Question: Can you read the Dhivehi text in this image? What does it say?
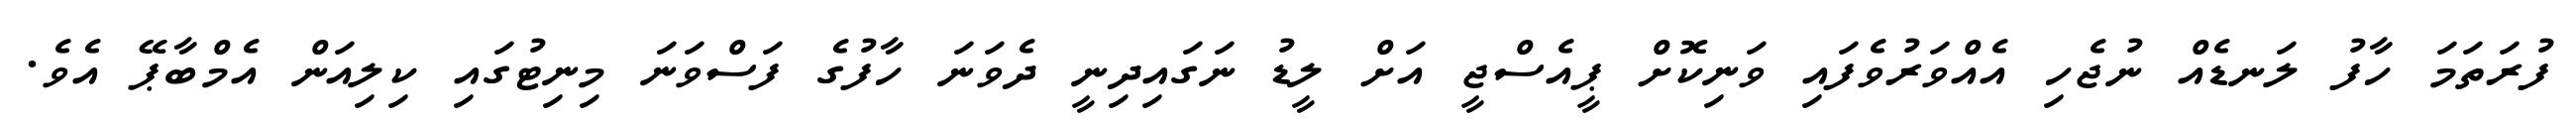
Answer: ފުރަތަމަ ހާފު ލަނޑެއް ނުޖެހި އެއްވަރުވެފައި ވަނިކޮށް ޕީއެސްޖީ އަށް ލީޑު ނަގައިދިނީ ދެވަނަ ހާފުގެ ފަސްވަނަ މިނިޓުގައި ކިލިއަން އެމްބާޕޭ އެވެ.